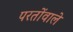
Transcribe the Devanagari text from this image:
परतोंवाले